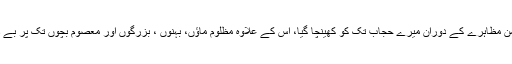
اسلام آباد میں پرامن مظاہرے کے دوران میرے حجاب تک کو کھینچا گیا، اس کے علاوہ مظلوم ماﺅں، بہنوں ، بزرگوں اور معصوم بچوں تک پر بے دریغ تشدد کیا گیا۔